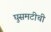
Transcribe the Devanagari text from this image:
घुसमटीची